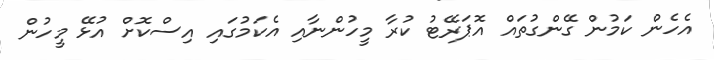
އެހެން ކަމުން ގޭންގުތައް އޮޕަރޭޓު ކުރާ މީހުންނާއި އެކަމުގައި އިސްކޮށް އުޅޭ މީހުން